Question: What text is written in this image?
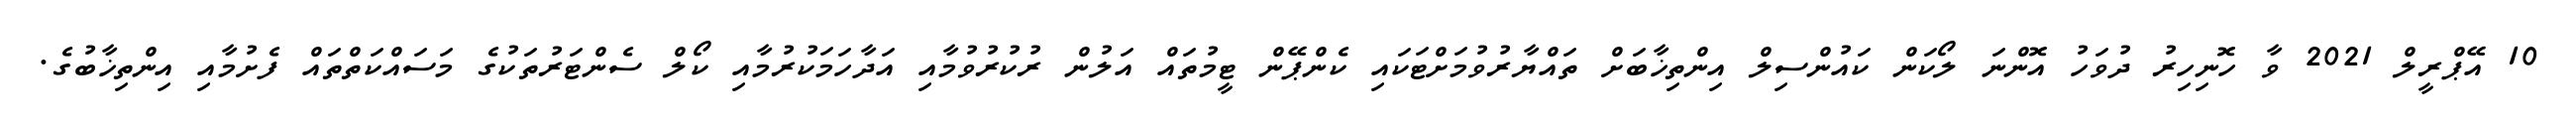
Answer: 10 އޭޕްރީލް 2021 ވާ ހޮނިހިރު ދުވަހު އޮންނަ ލޯކަން ކައުންސިލް އިންތިޚާބަށް ތައްޔާރުވުމަށްޓަކައި ކެންޕޭން ޓީމުތައް އަލުން ރުކުރުވުމާއި އަދާހަމަކުރުމާއި ކޯލް ސެންޓަރުތަކުގެ މަސައްކަތްތައް ފެށުމާއި އިންތިޚާބުގެ.